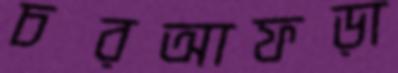
চরআফড়া